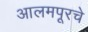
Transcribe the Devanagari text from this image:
आलमपूरचे